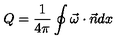
Q = \frac { 1 } { 4 \pi } \oint \vec { \omega } \cdot \vec { n } d x